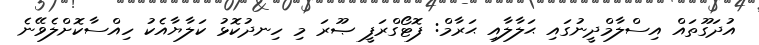
އުދަގޫތައް އިސްލާމްދީނުގައި ޙަލާލާއި ޙަރާމް: ފޮޓޯގްރަފީ ޞޫރަ މި ހިނދުކޮޅު ކަލާޔާއެކު ހިއްސާކޮށްލެވޭނެ